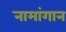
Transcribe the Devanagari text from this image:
नामांगान